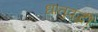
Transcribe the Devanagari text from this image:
धातुवृद्धी